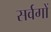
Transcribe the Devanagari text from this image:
सर्वगों